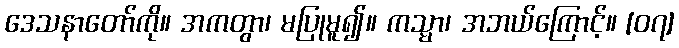
ဒေသနာတော်ကို။ အကတွာ၊ မပြုမူ၍။ ကသ္မာ၊ အဘယ်ကြောင့်။ [၀၇]